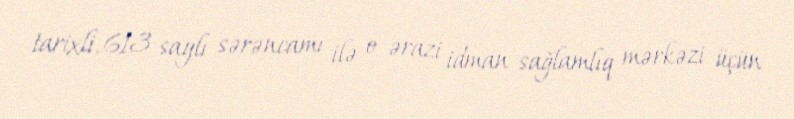
tarixli, 613 saylı sərəncamı ilə o ərazi idman sağlamlıq mərkəzi üçün